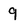
Character: 9